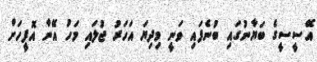
އޭސީސީގެ ބަޔާނުގައި ބުނެފައި ވަނީ މިދިޔަ އަހަރު ޖުލައި މަހު އޭނާ އޮފީހަށް